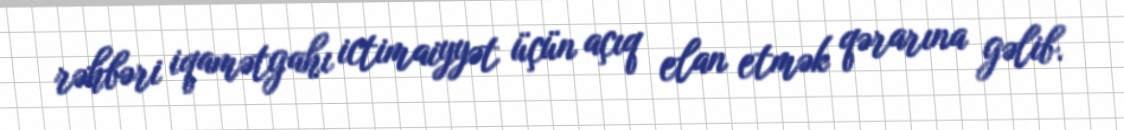
rəhbəri iqamətgahı ictimaiyyət üçün açıq elan etmək qərarına gəlib.